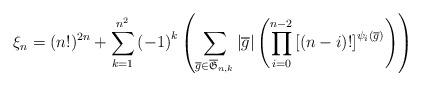
LaTeX: \begin{align*}\xi_{n} = (n!)^{2n} +\sum_{k=1}^{n^2} \left( -1\right)^k \left( \sum_{\overline{g}\in \overline{\mathfrak{G}}_{n,k} } |\overline{g} | \left( \prod_{i=0}^{n-2} \left[ \left( n-i\right) ! \right]^{\psi_i (\overline{g})} \right) \right)\end{align*}